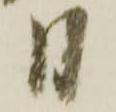
日